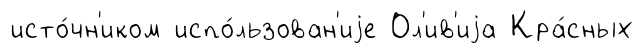
исто́чн'иком испо́льзован'иjе Ол'ив'иjа Кра́сных